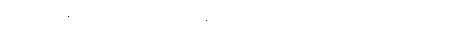
သေယျထိဒန္တိ၊ သော။ (သဒ္ဒေါ၊ သည်။) နိပါတော၊ တည်း။ တဿ၊ ထိုသေယျထိဒံဟူသော